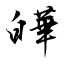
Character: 皣